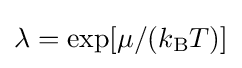
\lambda =\exp[\mu /(k_{\text{B}}T)]